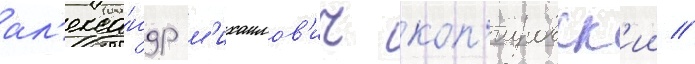
ал'екса́ндр м'ихаилов'ич коп'ировск'ии //